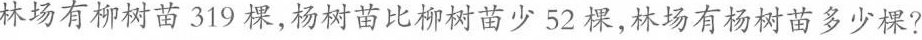
林场有柳树苗319棵，杨树苗比柳树苗少52棵，林场有杨树苗多少棵?